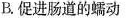
B.促进肠道的蠕动